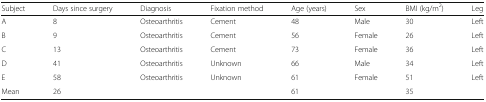
<table><thead><tr><td><b>Subject</b></td><td><b>Days since surgery</b></td><td><b>Diagnosis</b></td><td><b>Fixation method</b></td><td><b>Age (years)</b></td><td><b>Sex</b></td><td><b>BMI (kg/m<sup>2</sup>)</b></td><td><b>Leg</b></td></tr></thead><tbody><tr><td>A</td><td>8</td><td>Osteoarthritis</td><td>Cement</td><td>48</td><td>Male</td><td>30</td><td>Left</td></tr><tr><td>B</td><td>9</td><td>Osteoarthritis</td><td>Cement</td><td>56</td><td>Female</td><td>26</td><td>Left</td></tr><tr><td>C</td><td>13</td><td>Osteoarthritis</td><td>Cement</td><td>73</td><td>Female</td><td>36</td><td>Left</td></tr><tr><td>D</td><td>41</td><td>Osteoarthritis</td><td>Unknown</td><td>66</td><td>Male</td><td>34</td><td>Left</td></tr><tr><td>E</td><td>58</td><td>Osteoarthritis</td><td>Unknown</td><td>61</td><td>Female</td><td>51</td><td>Left</td></tr><tr><td>Mean</td><td>26</td><td></td><td></td><td>61</td><td></td><td>35</td><td></td></tr></tbody></table>